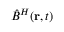
\hat { B } ^ { H } ( { \bf r } , t )